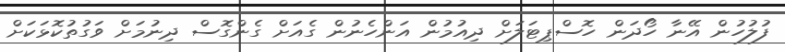
ފުލުހުން އޭނާ ހޯދަން ހޮސްޕިޓަލަށް ދިއުމުން އަންހެނުން ގެއަށް ގެންގޮސް ދިނުމަށް ވަގުތުކޮޅަކަށް